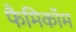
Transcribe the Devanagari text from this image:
फैमिकॉम